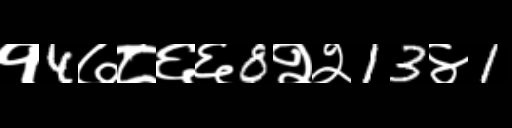
Text: १4७८६६8२२13४1